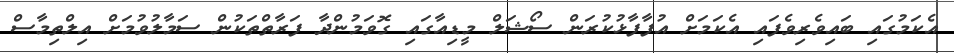
އެކަމުގައި ބައިވެރިވެފައި އެކަމަށް އުފާފާޅުކުރަން ސޯޝަލް މީޑިއާގައި ގޮވަމުންދާ ފަރާތްތަކުން ސަމާލުވުމަށް އިލްތިމާސް